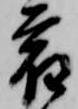
宿